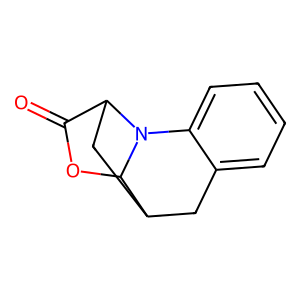
SMILES: O=C1OC2C3Cc4ccccc4N2C1C3
Inhibits HIV replication: No